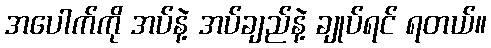
အပေါက်ကို အပ်နဲ့ အပ်ချည်နဲ့ ချုပ်ရင် ရတယ်။